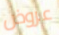
عروض